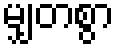
မျှတစွာ